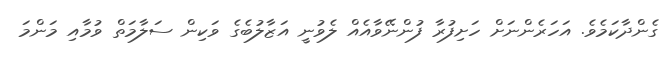
ގެންދާކަމެވެ. އަހަރެންނަށް ހަށިފުރާ ފުންނޭވާއެއް ލެވުނީ އަޒާލުބެގެ ވަކިން ސަލާމަތް ވުމާއި މަންމަ